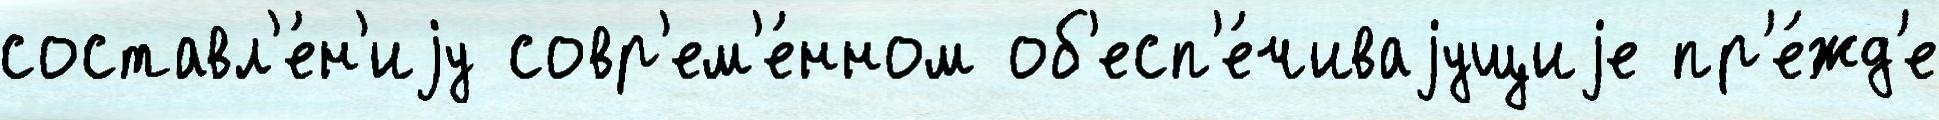
составл'е́н'иjу совр'ем'е́нном об'есп'е́чиваjущиjе пр'е́жд'е